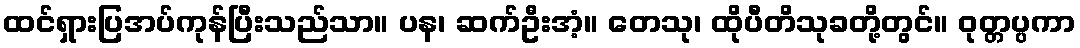
ထင်ရှားပြအပ်ကုန်ပြီးသည်သာ။ ပန၊ ဆက်ဦးအံ့။ တေသု၊ ထိုပီတိသုခတို့တွင်။ ဝုတ္တပ္ပကာ